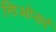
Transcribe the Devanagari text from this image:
लिओनार्द